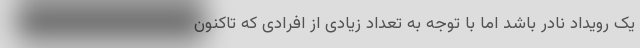
یک رویداد نادر باشد اما با توجه به تعداد زیادی از افرادی که تاکنون